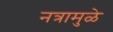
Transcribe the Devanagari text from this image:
नत्रामुळे